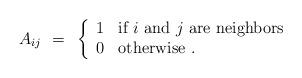
LaTeX: \begin{align*}A_{ij} ~=~ \left\{ \begin{array}{ll} 1 & \mbox{if $i$ and $j$ are neighbors}\\ 0 & {\rm otherwise}~. \end{array} \right.\end{align*}